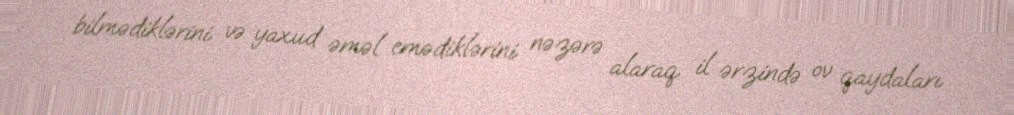
bilmədiklərini və yaxud əməl emədiklərini nəzərə alaraq il ərzində ov qaydaları